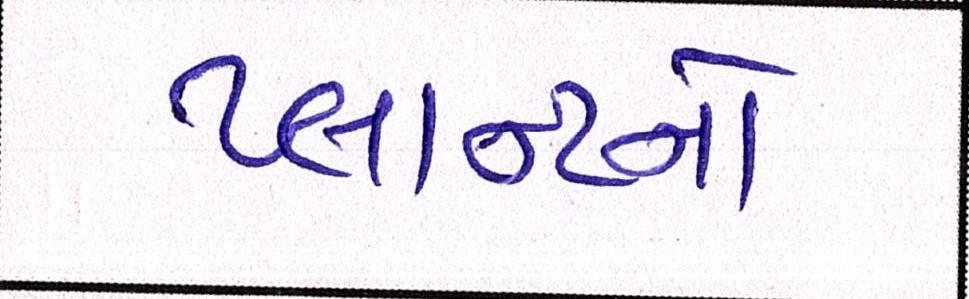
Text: પ્લાન્ટનો